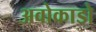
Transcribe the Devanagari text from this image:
अवोकाडो